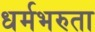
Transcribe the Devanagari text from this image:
धर्मभरुता